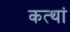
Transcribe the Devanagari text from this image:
कत्थां